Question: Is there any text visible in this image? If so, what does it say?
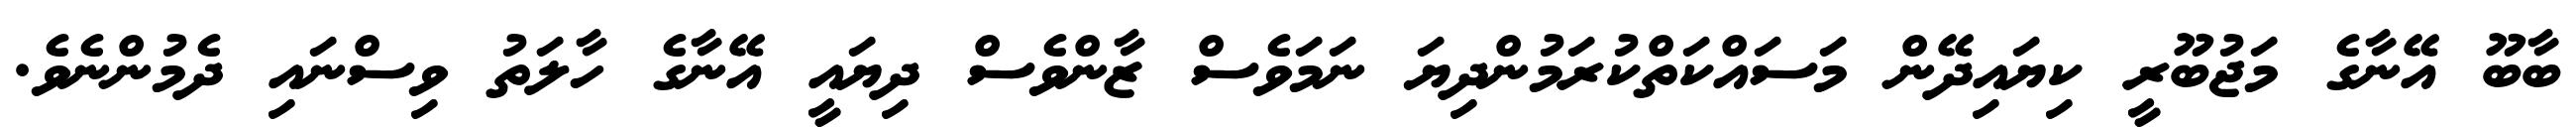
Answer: ބާބޫ އޭނާގެ މަޖުބޫރީ ކިޔައިދޭން މަސައްކަތްކުރަމުންދިޔަ ނަމަވެސް ޒާންވެސް ދިޔައީ އޭނާގެ ހާލަތު ވިސްނައި ދެމުންނެވެ.